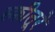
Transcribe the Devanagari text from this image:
स्क्रीतूरे